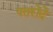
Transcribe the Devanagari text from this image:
पतरोदे